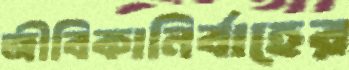
জীবিকানির্বাহের